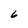
Character: 6